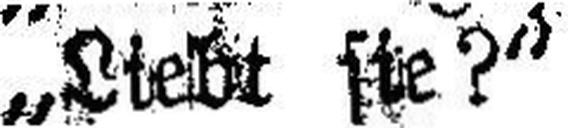
„Liebt sie?“